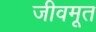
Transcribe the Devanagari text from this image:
जीवमूत